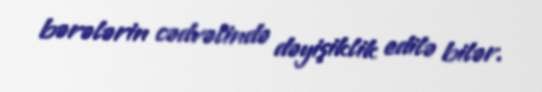
bərələrin cədvəlində dəyişiklik edilə bilər.